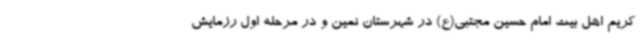
کریم اهل بیت امام حسین مجتبی(ع) در شهرستان نمین و در مرحله اول رزمایش